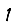
Digit: 1